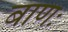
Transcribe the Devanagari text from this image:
बाणः